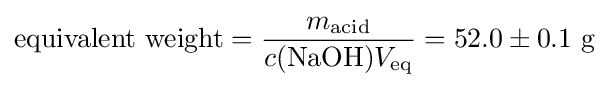
{\text{equivalent weight}}={\frac {m_{{\ce {acid}}}}{c({\ce {NaOH}})V_{{\ce {eq}}}}}=52.0\pm 0.1\ {\ce {g}}